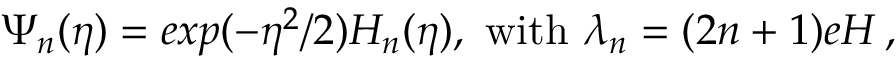
\Psi _ { n } ( \eta ) = e x p ( - \eta ^ { 2 } / 2 ) H _ { n } ( \eta ) , \, \, \mathrm { w i t h } \, \, \lambda _ { n } = ( 2 n + 1 ) e H \, ,